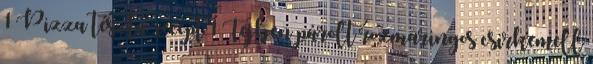
1 Pizza tészta recept 1 Tejben párolt rozmaringos csirkemell